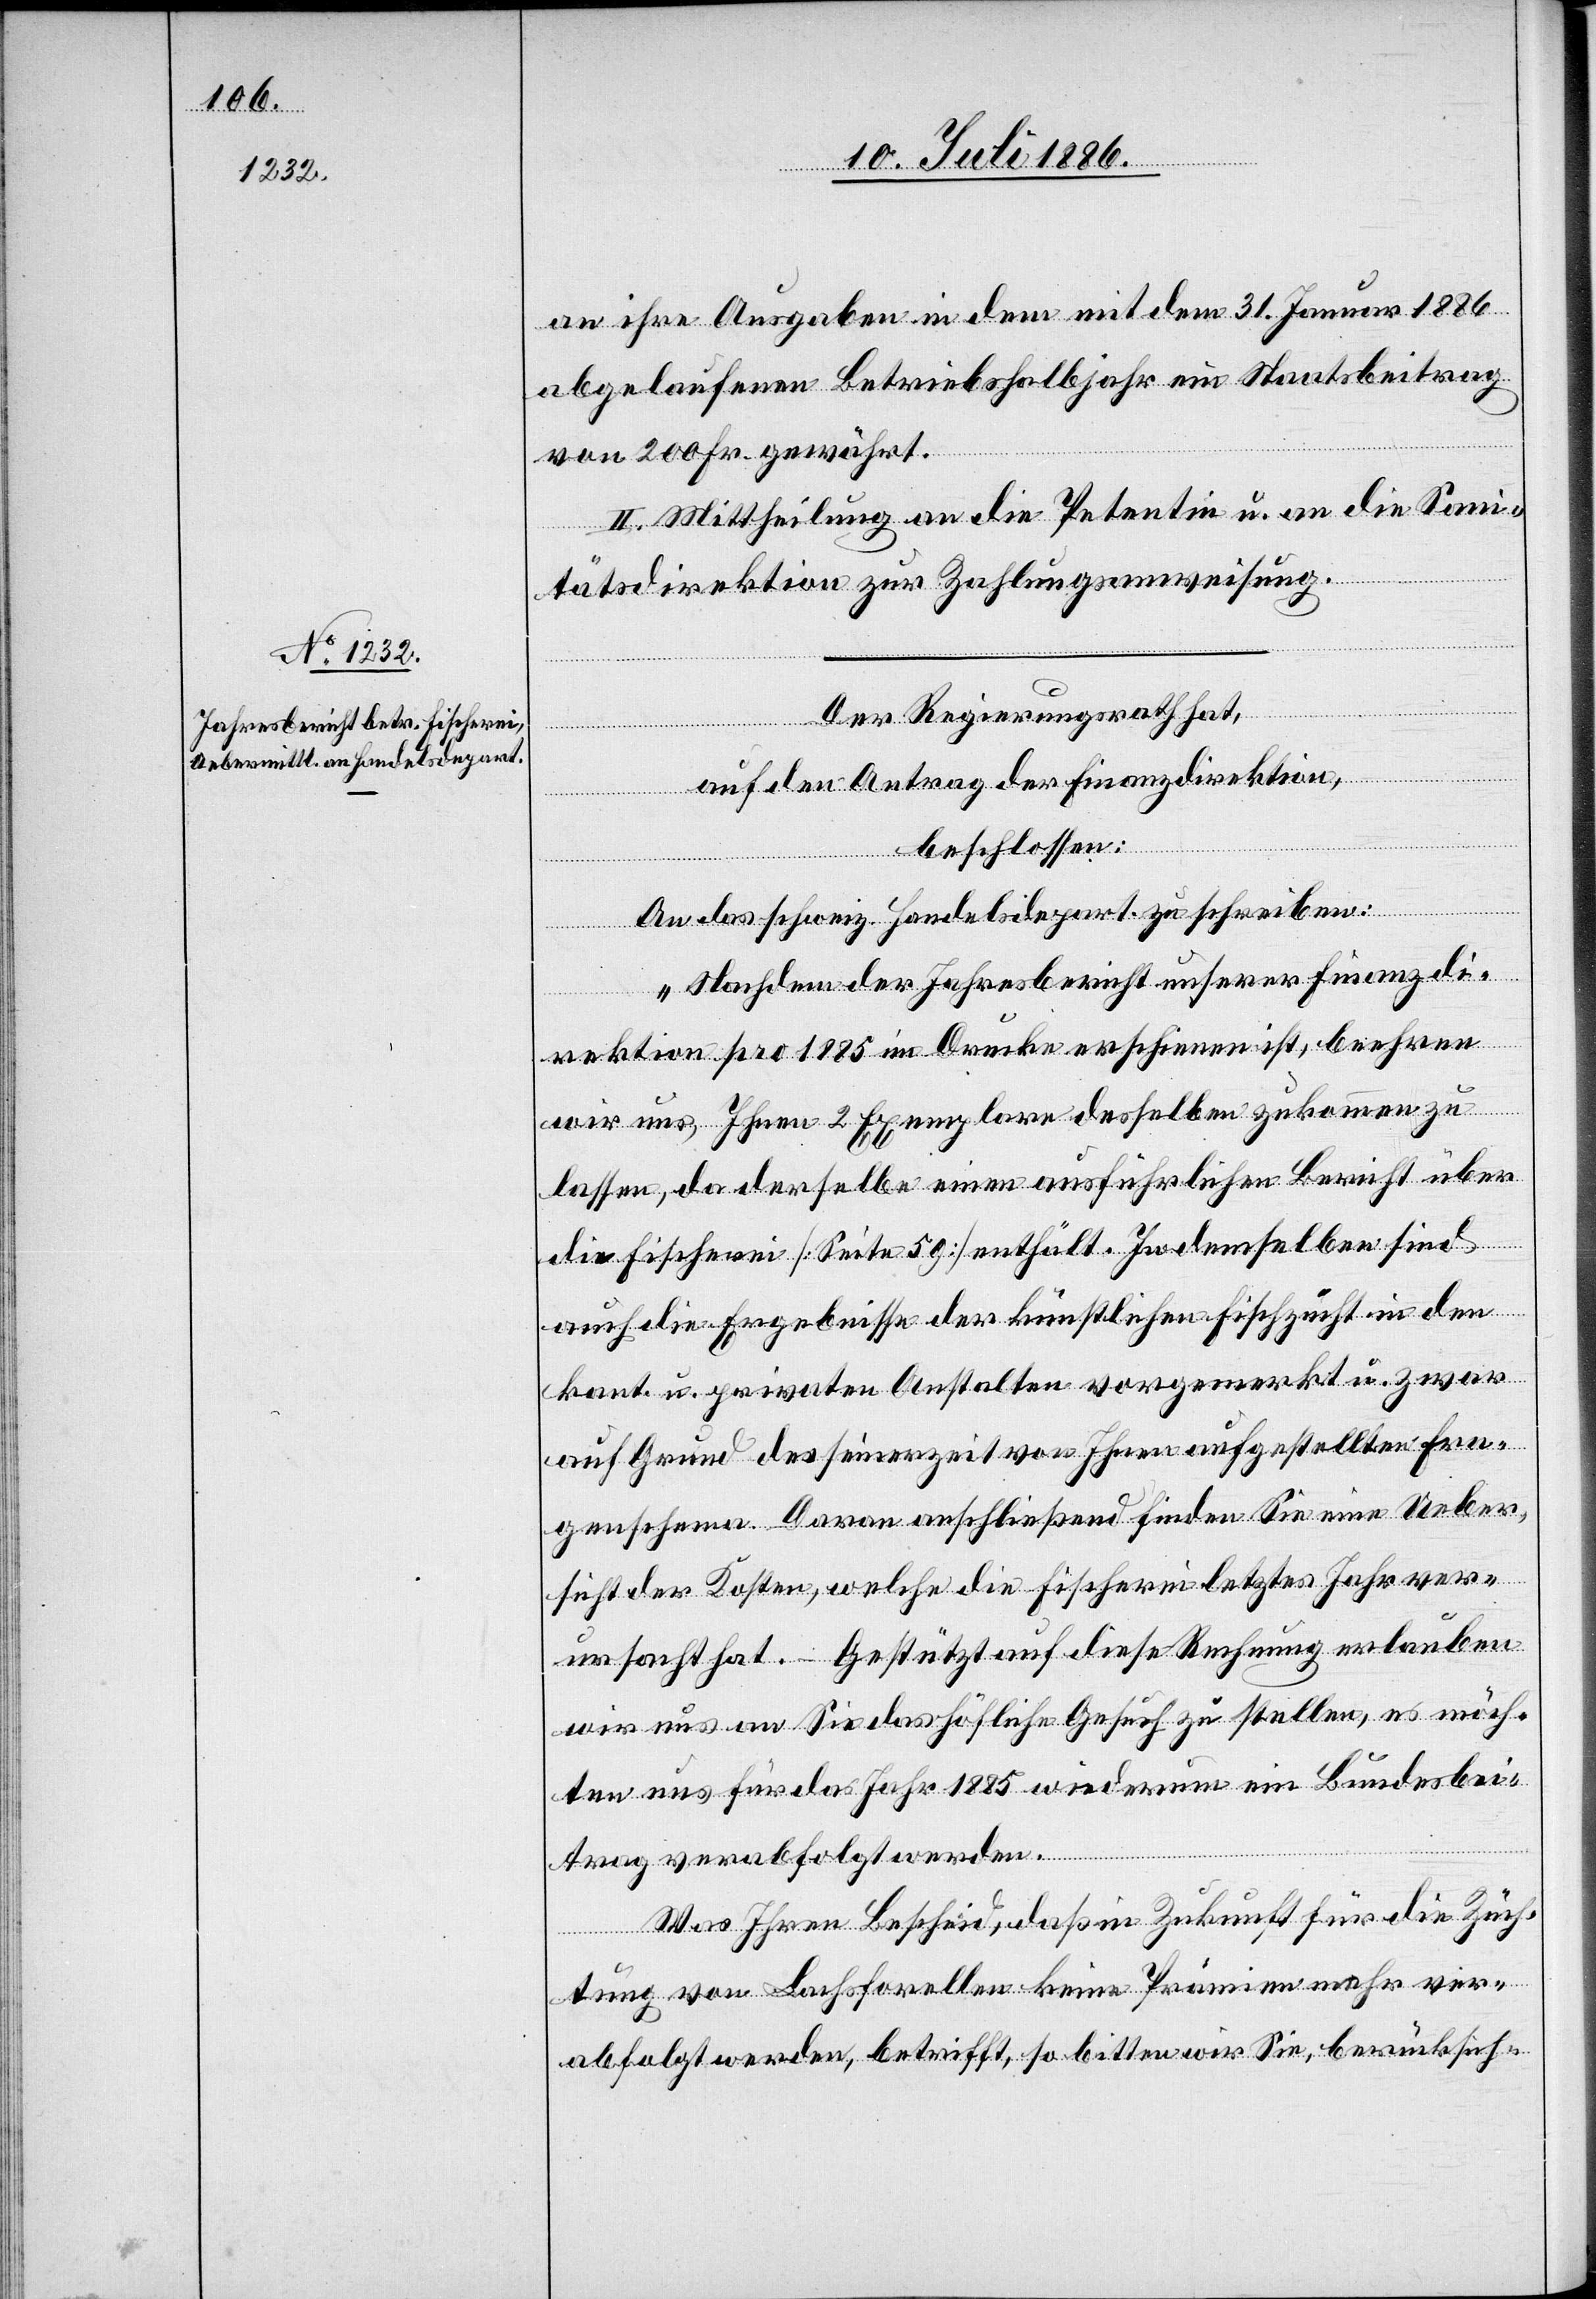
an ihre Ausgaben in dem mit dem 31. Januar 1886
abgelaufenen Betriebshalbjahr ein Staatsbeitrag
von 200 Fr. gewährt.
II. Mittheilung an die Petentin u. an die Sani¬
tätsdirektion zur Zahlungsanweisung.
ten [recte:
Der Regierungsrath hat,
auf den Antrag der Finanzdirektion,
beschlossen:
An das schweiz. Handelsdepart. zu schreiben:
„Nachdem der Jahresbericht unserer Finanzdi¬
rektion pro 1885 im Drucke erschienen ist, beehren
wir uns, Ihnen 2 Exemplare desselben zukommen zu
lassen, da derselbe einen ausführlichen Bericht über
die Fischerei [Seite 59] enthält. In demselben sind
möch¬
auch die Ergebnisse der künstlichen Fischzucht in den
kant. u. privaten Anstalten vorgemerkt u. zwar
auf Grund des seinerzeit von Ihnen aufgestellten Fra¬
genschema. Daran anschließend finden Sie eine Ueber¬
sicht der Kosten, welche die Fischerei letztes Jahr ver¬
ursacht hat. – Gestützt auf diese Rechnung erlauben
wir uns an Sie das höfliche Gesuch zu stellen, es möch¬
te] uns für das Jahr 1885 wiederum ein Bundesbei¬
trag verabfolgt werden.
Was Ihren Bescheid, daß in Zukunft für die Züch¬
tung von Lachsforellen keine Prämien mehr ver¬
abfolgt werden, betrifft, so bitten wir Sie, berücksich-